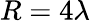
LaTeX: R=4\lambda